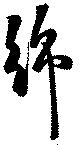
綿